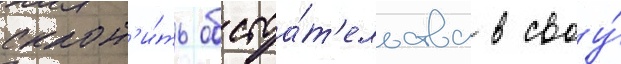
склон'и́ть обстоа́т'ельства в своу́